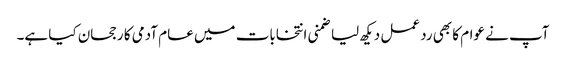
آپ نے عوام کا بھی رد عمل دیکھ لیا ضمنی انتخابات میں عام آدمی کا رجحان کیا ہے۔